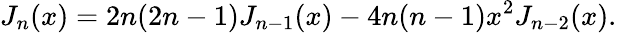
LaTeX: J_{n}(x)=2n(2n-1)J_{n-1}(x)-4n(n-1)x^{2}J_{n-2}(x).